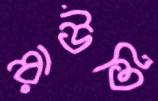
রাউতি